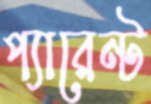
প্যারেন্ট